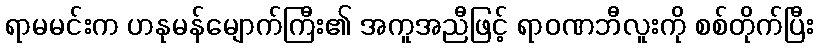
ရာမမင်းက ဟနုမန်မျောက်ကြီး၏ အကူအညီဖြင့် ရာဝဏဘီလူးကို စစ်တိုက်ပြီး